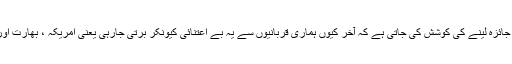
ہونا تو یہ چاہے تھا اعلی ترین حکومتی سطح پر اس بات کا جائزہ لینے کی کوشش کی جاتی ہے کہ آخر کیوں ہماری قربانیوں سے یہ بے اعتنائی کیونکر برتی جارہی یعنی امریکہ ، بھارت اور افغانستان کا بیانیہ آخر کیونکر شرف قبولیت حاصل کررہا۔